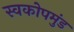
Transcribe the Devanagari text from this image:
स्वकोपमुंड